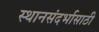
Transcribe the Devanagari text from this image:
स्थानसंदर्भासाठी